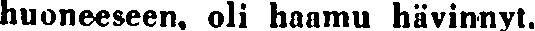
huoneeseen, oli haamu hävinnyt.